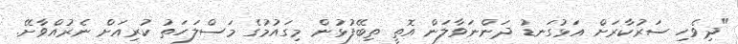
"ދިވެހި ސަރުކާރަށް އަޅުގަނޑު ދަންނަވާލަން އޮތީ ތިބޭފުޅުން މިގައުމުގެ މަސްލަހަތު ކުރިއަށް ނެރުއްވާށޭ.